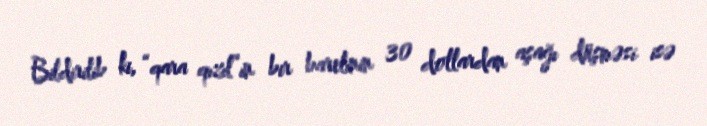
Bildirilib ki, “qara qızıl”ın bir barelinin 30 dollardan aşağı düşməsi isə